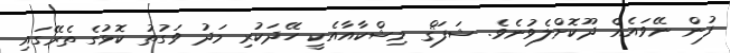
ފުން ނޭވައެއް ދޫކޮށްލެވުނެވެ. ޝަފަޤް މިޝްކާއާއެކީ ހޭދަކުރި މަދު ވަގުތު ކޮޅުގެ ތެރޭގައި